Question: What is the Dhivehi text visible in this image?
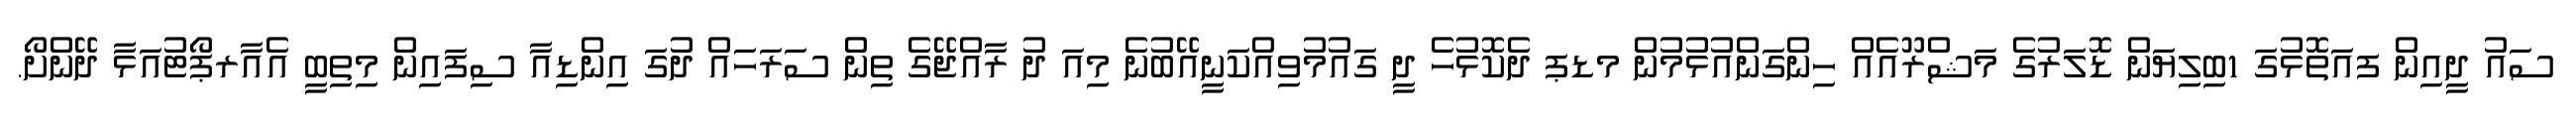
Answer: ސައު ދީއިން ފއަތޮޅުގަ 1ބިލިޔަން ޑޮލަރުގެ މަޝްރޫއެއް ހިންގަންއުޅުމުން މޑޕ ދެކޮޅުހެ ދީ ގައުމުވިއްކަނީއޭބުނެ މިއަ ދު ރާއްޖޭގެ ތިން ސަރަހައް ދުގަ އިންޑިއާ ސިފައިން މިތިބީ އެއާރޕޯޓުއަޅާ ދޭންށޯ.